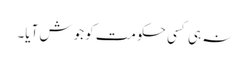
نہ ہی کسی حکومت کو جوش آیا۔